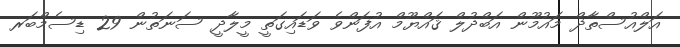
އަލްއުސްތާޛް މައުމޫން އަބްދުލް ޤައްޔޫމް އުފަންވެ ވަޑައިގަތީ މީލާދީ ސަނަތުން 29 ޑިސެމްބަރ